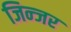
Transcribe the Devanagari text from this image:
जिन्जर